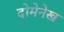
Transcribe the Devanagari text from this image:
दोमेनेख